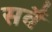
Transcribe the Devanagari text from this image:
सर्वै